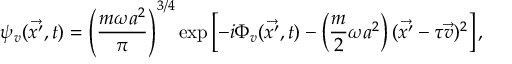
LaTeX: \psi _ { v } ( \vec { x ^ { \prime } } , t ) = \left( \frac { m \omega a ^ { 2 } } { \pi } \right) ^ { 3 / 4 } \exp \left[ - i \Phi _ { v } ( \vec { x ^ { \prime } } , t ) - \left( \frac { m } { 2 } \omega a ^ { 2 } \right) ( \vec { x ^ { \prime } } - \tau \vec { v } ) ^ { 2 } \right] ,